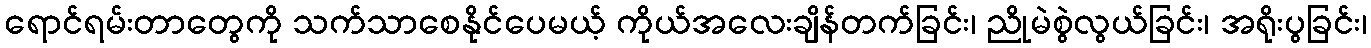
ရောင်ရမ်းတာတွေကို သက်သာစေနိုင်ပေမယ့် ကိုယ်အလေးချိန်တက်ခြင်း၊ ညိုမဲစွဲလွယ်ခြင်း၊ အရိုးပွခြင်း၊